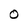
Character: 0